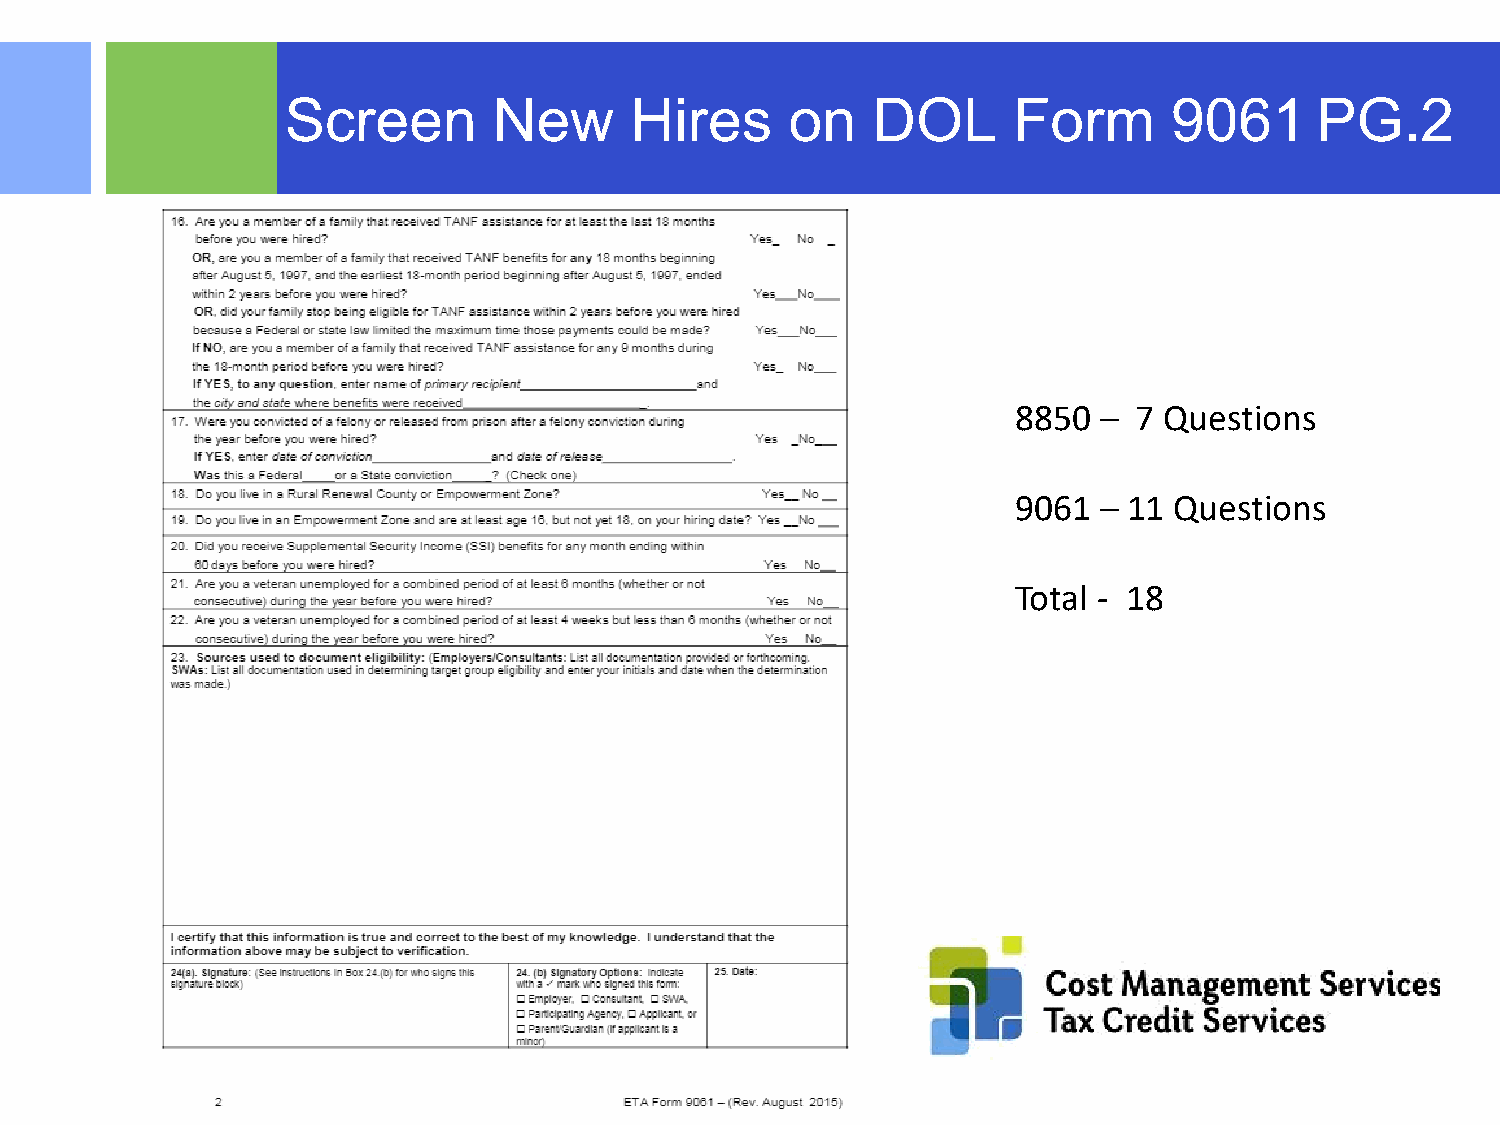
Screen        New      Hires     on    DOL      Form       9061     PG.2
 8850  – 7 Questions
 9061  – 11 Questions
 Total - 18
 ©2015 RSM US LLP. All RightsReserved.